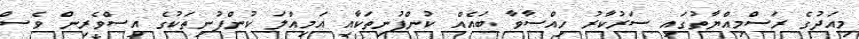
މިއަދުގެ ރަސްމިއްޔާތުގައި ސަރުކާރު ހިއްސާވާ ބައެއް ކުންފުނިތަކާއި އަމިއްލަ ކުންފުނިތަކުގެ އިސްވެރިން ވެސް